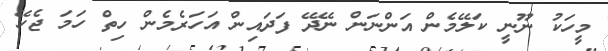
މީހަކު ނޫނީ ކަލޭމެން އަންނަން ނޭދޭ ފަދައިން އަހަރެމެން ހިތް ހަމަ ޖެހޭ